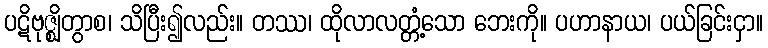
ပဋိဗုဇ္ဈိတွာစ၊ သိပြီး၍လည်း။ တဿ၊ ထိုလာလတ္တံ့သော ဘေးကို။ ပဟာနာယ၊ ပယ်ခြင်းငှာ။